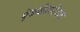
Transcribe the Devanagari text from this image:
ऐक्सेलरेशन